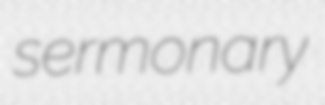
sermonary